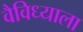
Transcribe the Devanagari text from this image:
वैविध्याला